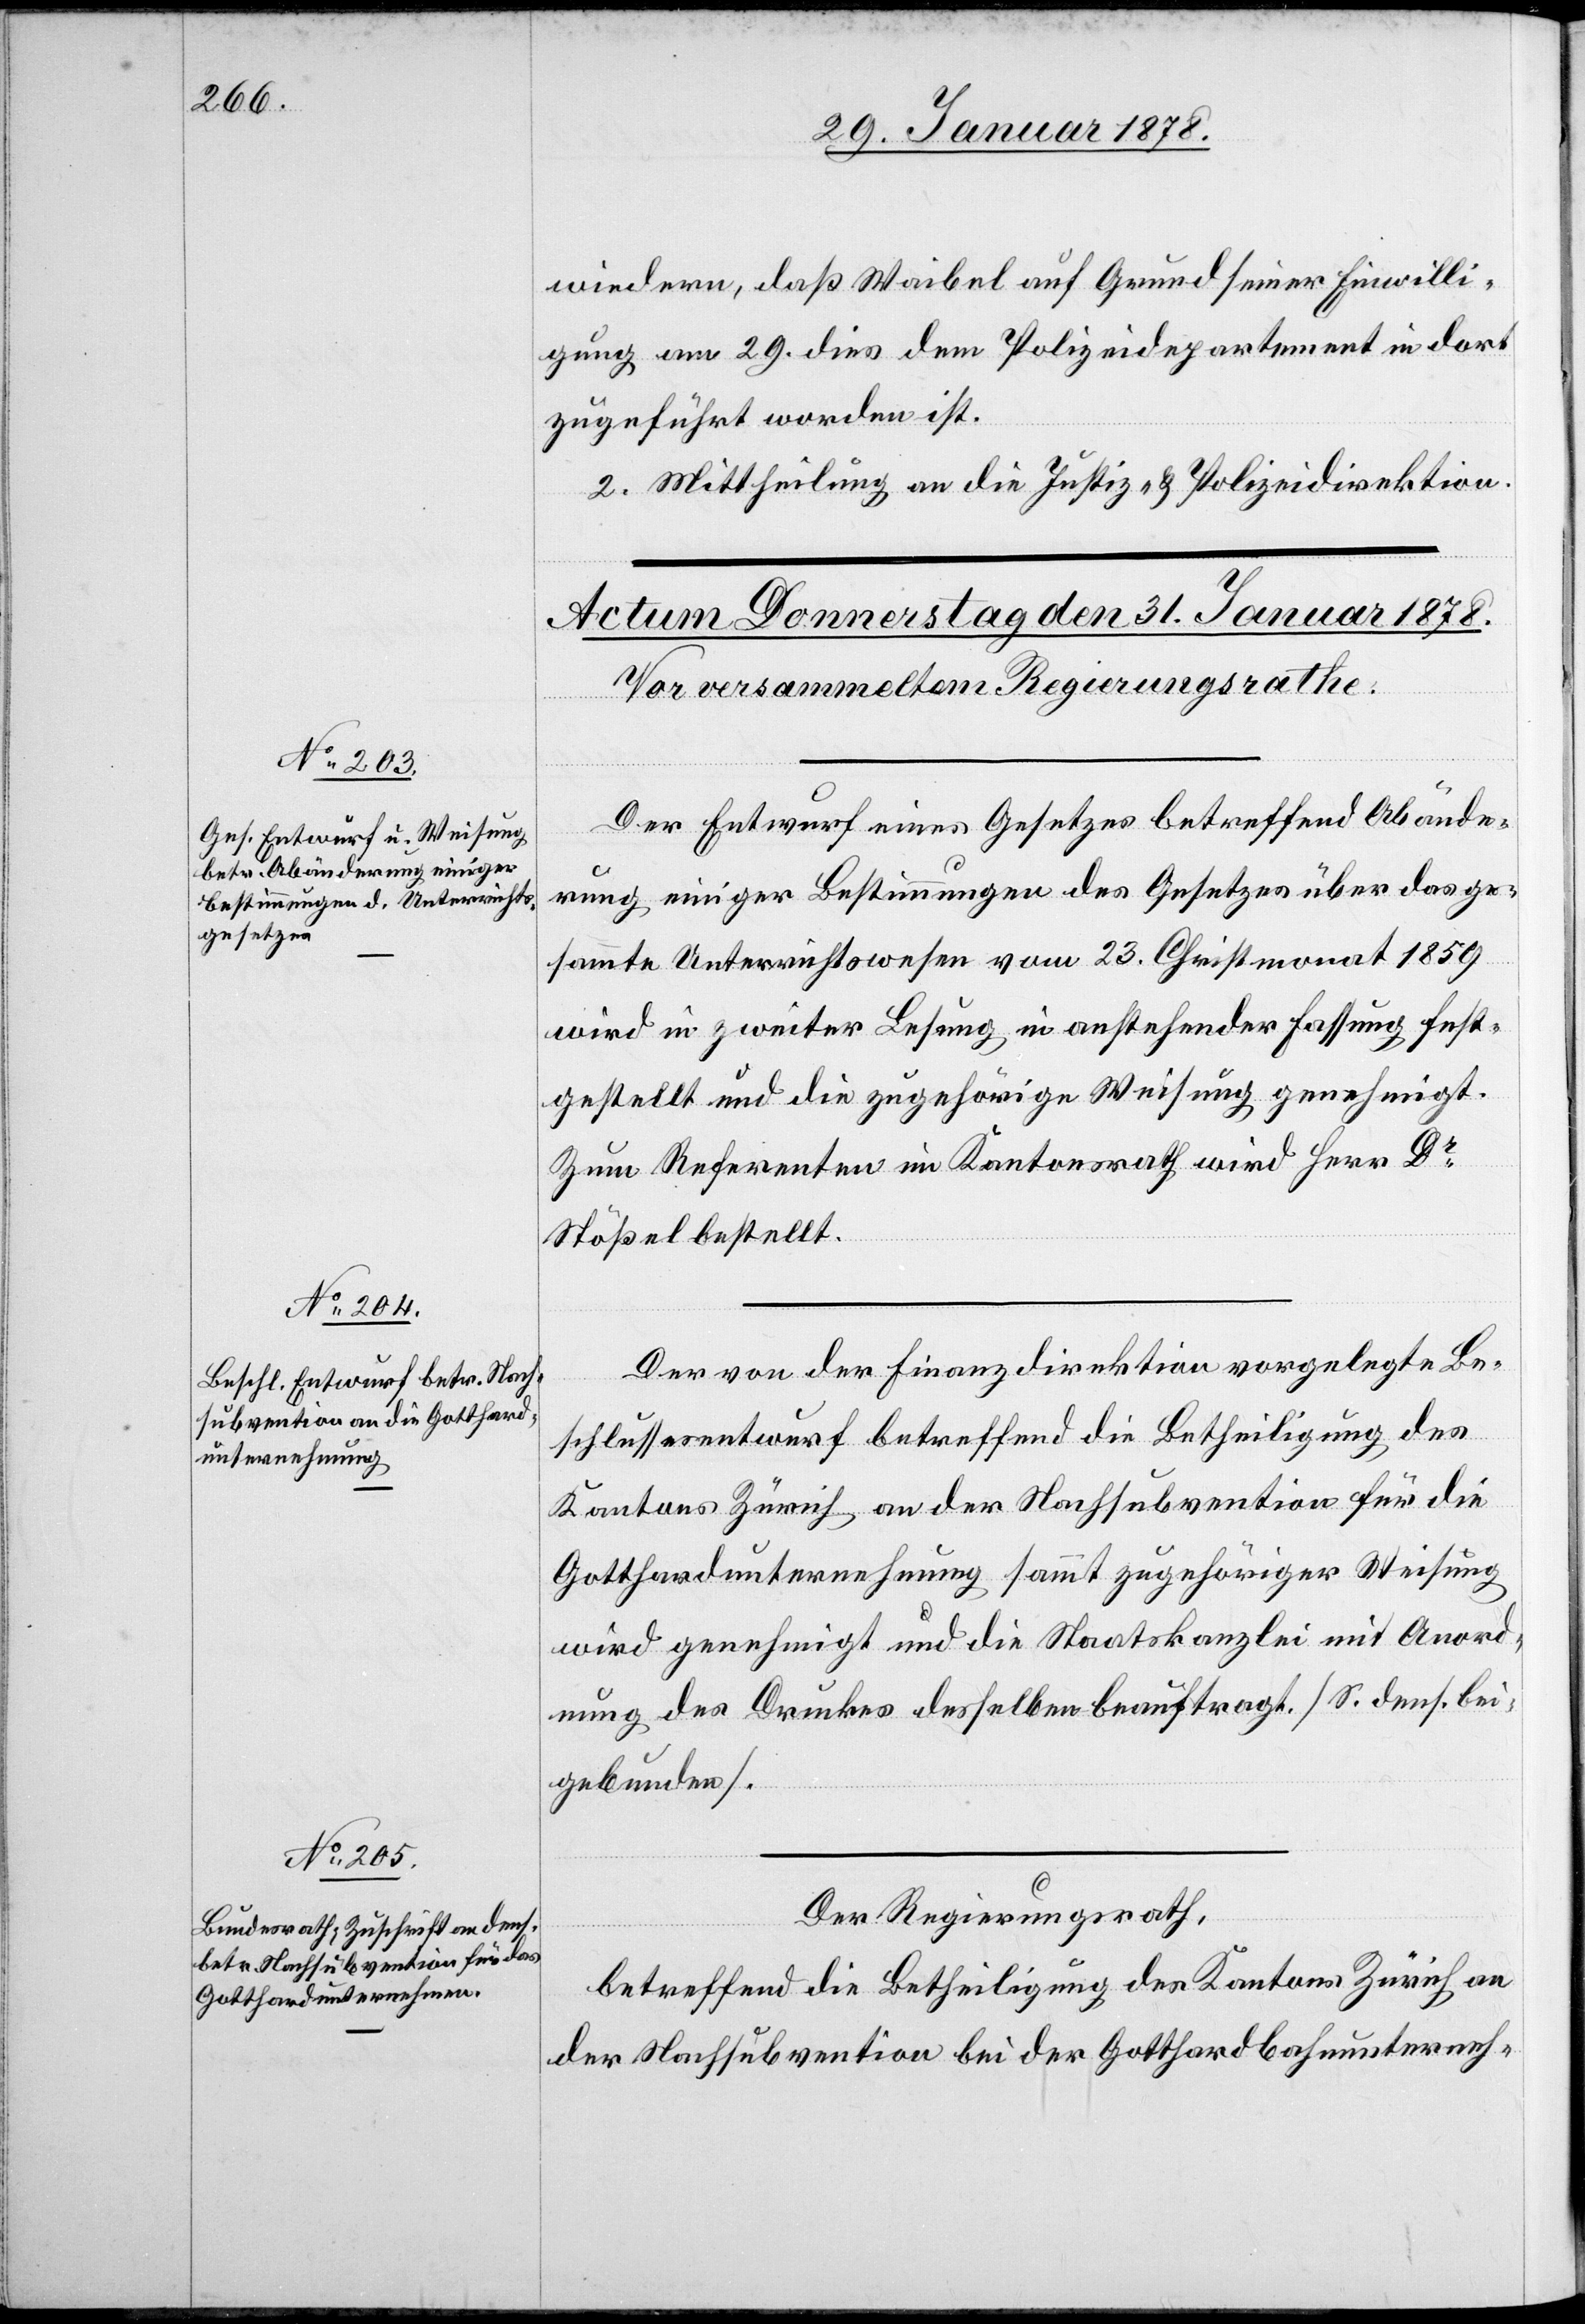
wiedern, daß Waibel auf Grund seiner Einwilli¬
gung am 29. dieß dem Polizeiepartement in dort
zugeführt worden ist.
2. Mittheilung an die Justiz- & Polizeidirektion.
Der Entwurf eines Gesetzes betreffend Abände¬
rung einiger Bestimmungen des Gesetzes über das ge¬
sammte Unterrichtswesen vom 23. Christmonat 1859
wird in zweiter Lesung in anstehender Fassung fest¬
gestellt und die zugehörige Weisung genehmigt.
Zum Referenten im Kantonsrath wird Herr Dr
Stößel bestellt.
Der von der Finanzdirektion vorgelegte Be¬
schlussesentwurf betreffend die Betheiligung des
Kantons Zürich an der Nachsubvention für die
Gotthardunternehmung sammt zugehöriger Weisung
wird genehmigt und die Staatskanzlei mit Anord¬
nung des Druckes desselben beauftragt. (S. dens. bei¬
gebunden).
Der Regierungsrath,
betreffend die Betheiligung des Kantons Zürich an
der Nachsubvention bei der Gotthardbahnunterneh-